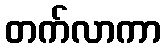
တက်လာကာ